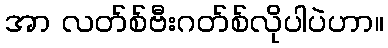
အာ လတ်စ်ဗီးဂတ်စ်လိုပါပဲဟာ။